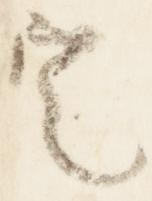
定